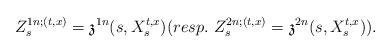
LaTeX: \begin{align*}Z_s^{1n;(t,x)}= \mathfrak{z}^{1n}(s,X_s^{t,x}) (resp.\ Z_s^{2n;(t,x)}=\mathfrak{z}^{2n}(s,X_s^{t,x})).\end{align*}